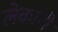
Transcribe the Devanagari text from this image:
लेकांनी